Annual returns of the Patna Lunatic Asylum at Bankipore in Bihar and Orissa - 1912-1924
Year: 1912
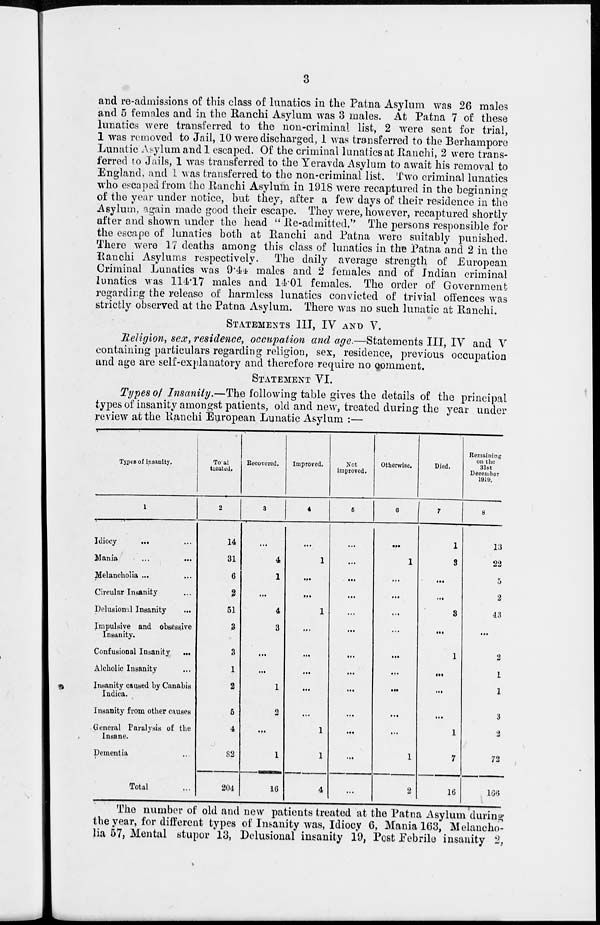
3
and re-admissions of this class of lunatics in the Patna Asylum was 26 males
and 5 females and in the Ranchi Asylum was 3 males. At Patna 7 of these
lunatics were transferred to the non-criminal list, 2 were sent for trial,
1 was removed to Jail, 10 were discharged, 1 was transferred to the Berhampore
Lunatic Asylum and 1 escaped. Of the criminal lunatics at Ranchi, 2 were trans-
ferred to Jails, 1 was transferred to the Yeravda Asylum to await his removal to
England, and 1 was transferred to the non-criminal list. Two criminal lunatics
who escaped from the Ranchi Asylum in 1918 were recaptured in the beginning
of the year under notice, but they, after a few days of their residence in the
Asylum, again made good their escape. They were, however, recaptured shortly
after and shown under the head " Re-admitted." The persons responsible for
the escape of lunatics both at Ranchi and Patna were suitably punished.
There were 17 deaths among this class of lunatics in the Patna and 2 in the
Ranchi Asylums respectively. The daily average strength of European
Criminal Lunatics was 9.44 males and 2 females and of Indian criminal
lunatics was 114.17 males and 14.01 females. The order of Government
regarding the release of harmless lunatics convicted of trivial offences was
strictly observed at the Patna Asylum. There was no such lunatic at Ranchi.
STATEMENTS III, IV AND V.
Religion, sex, residence, occupation and age.—Statements III, IV and V
containing particulars regarding religion, sex, residence, previous occupation
and age are self-explanatory and therefore require no comment.
STATEMENT VI.
Types of Insanity.—The following table gives the details of the principal
types of insanity amongst patients, old and new, treated during the year under
review at the Ranchi European Lunatic Asylum :—
Types of insanity.
1
Idiocy ... ...
Mania ... ...
Melancholia ... ...
Circular Insanity ...
Delusional Insanity
...
Impulsive and obsessive
Insanity.
Confusional Insanity
...
Alcholic Insanity ...
Insanity caused by Canabis
Indica.
Insanity from other causes
General Paralysis of the
Insane.
Dementia ...
Total ...
Total
treated.
2
14
31
6
2
51
3
3
1
2
5
4
82
204
Recovered.
3
...
4
1
...
4
3
...
...
1
2
...
1
16
Improved.
4
...
1
...
...
1
...
...
...
...
...
1
1
4
Not
improved.
5
...
...
...
...
...
...
...
...
...
...
...
...
...
Otherwise.
6
...
1
...
...
...
...
...
...
...
...
...
1
2
Died.
7
1
3
...
...
3
...
1
...
...
...
1
7
16
Remaining
on the
31st
December
1919.
8
13
22
5
2
43
...
2
1
1
3
2
72
166
The number of old and new patients treated at the Patna Asylum during
the year, for different types of Insanity was, Idiocy 6, Mania 163, Melancho-
lia 57, Mental stupor 13, Delusional insanity 19, Post Febrile insanity 2,